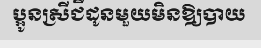
ប្អូនស្រីជីដូនមួយមិនឱ្យបាយ